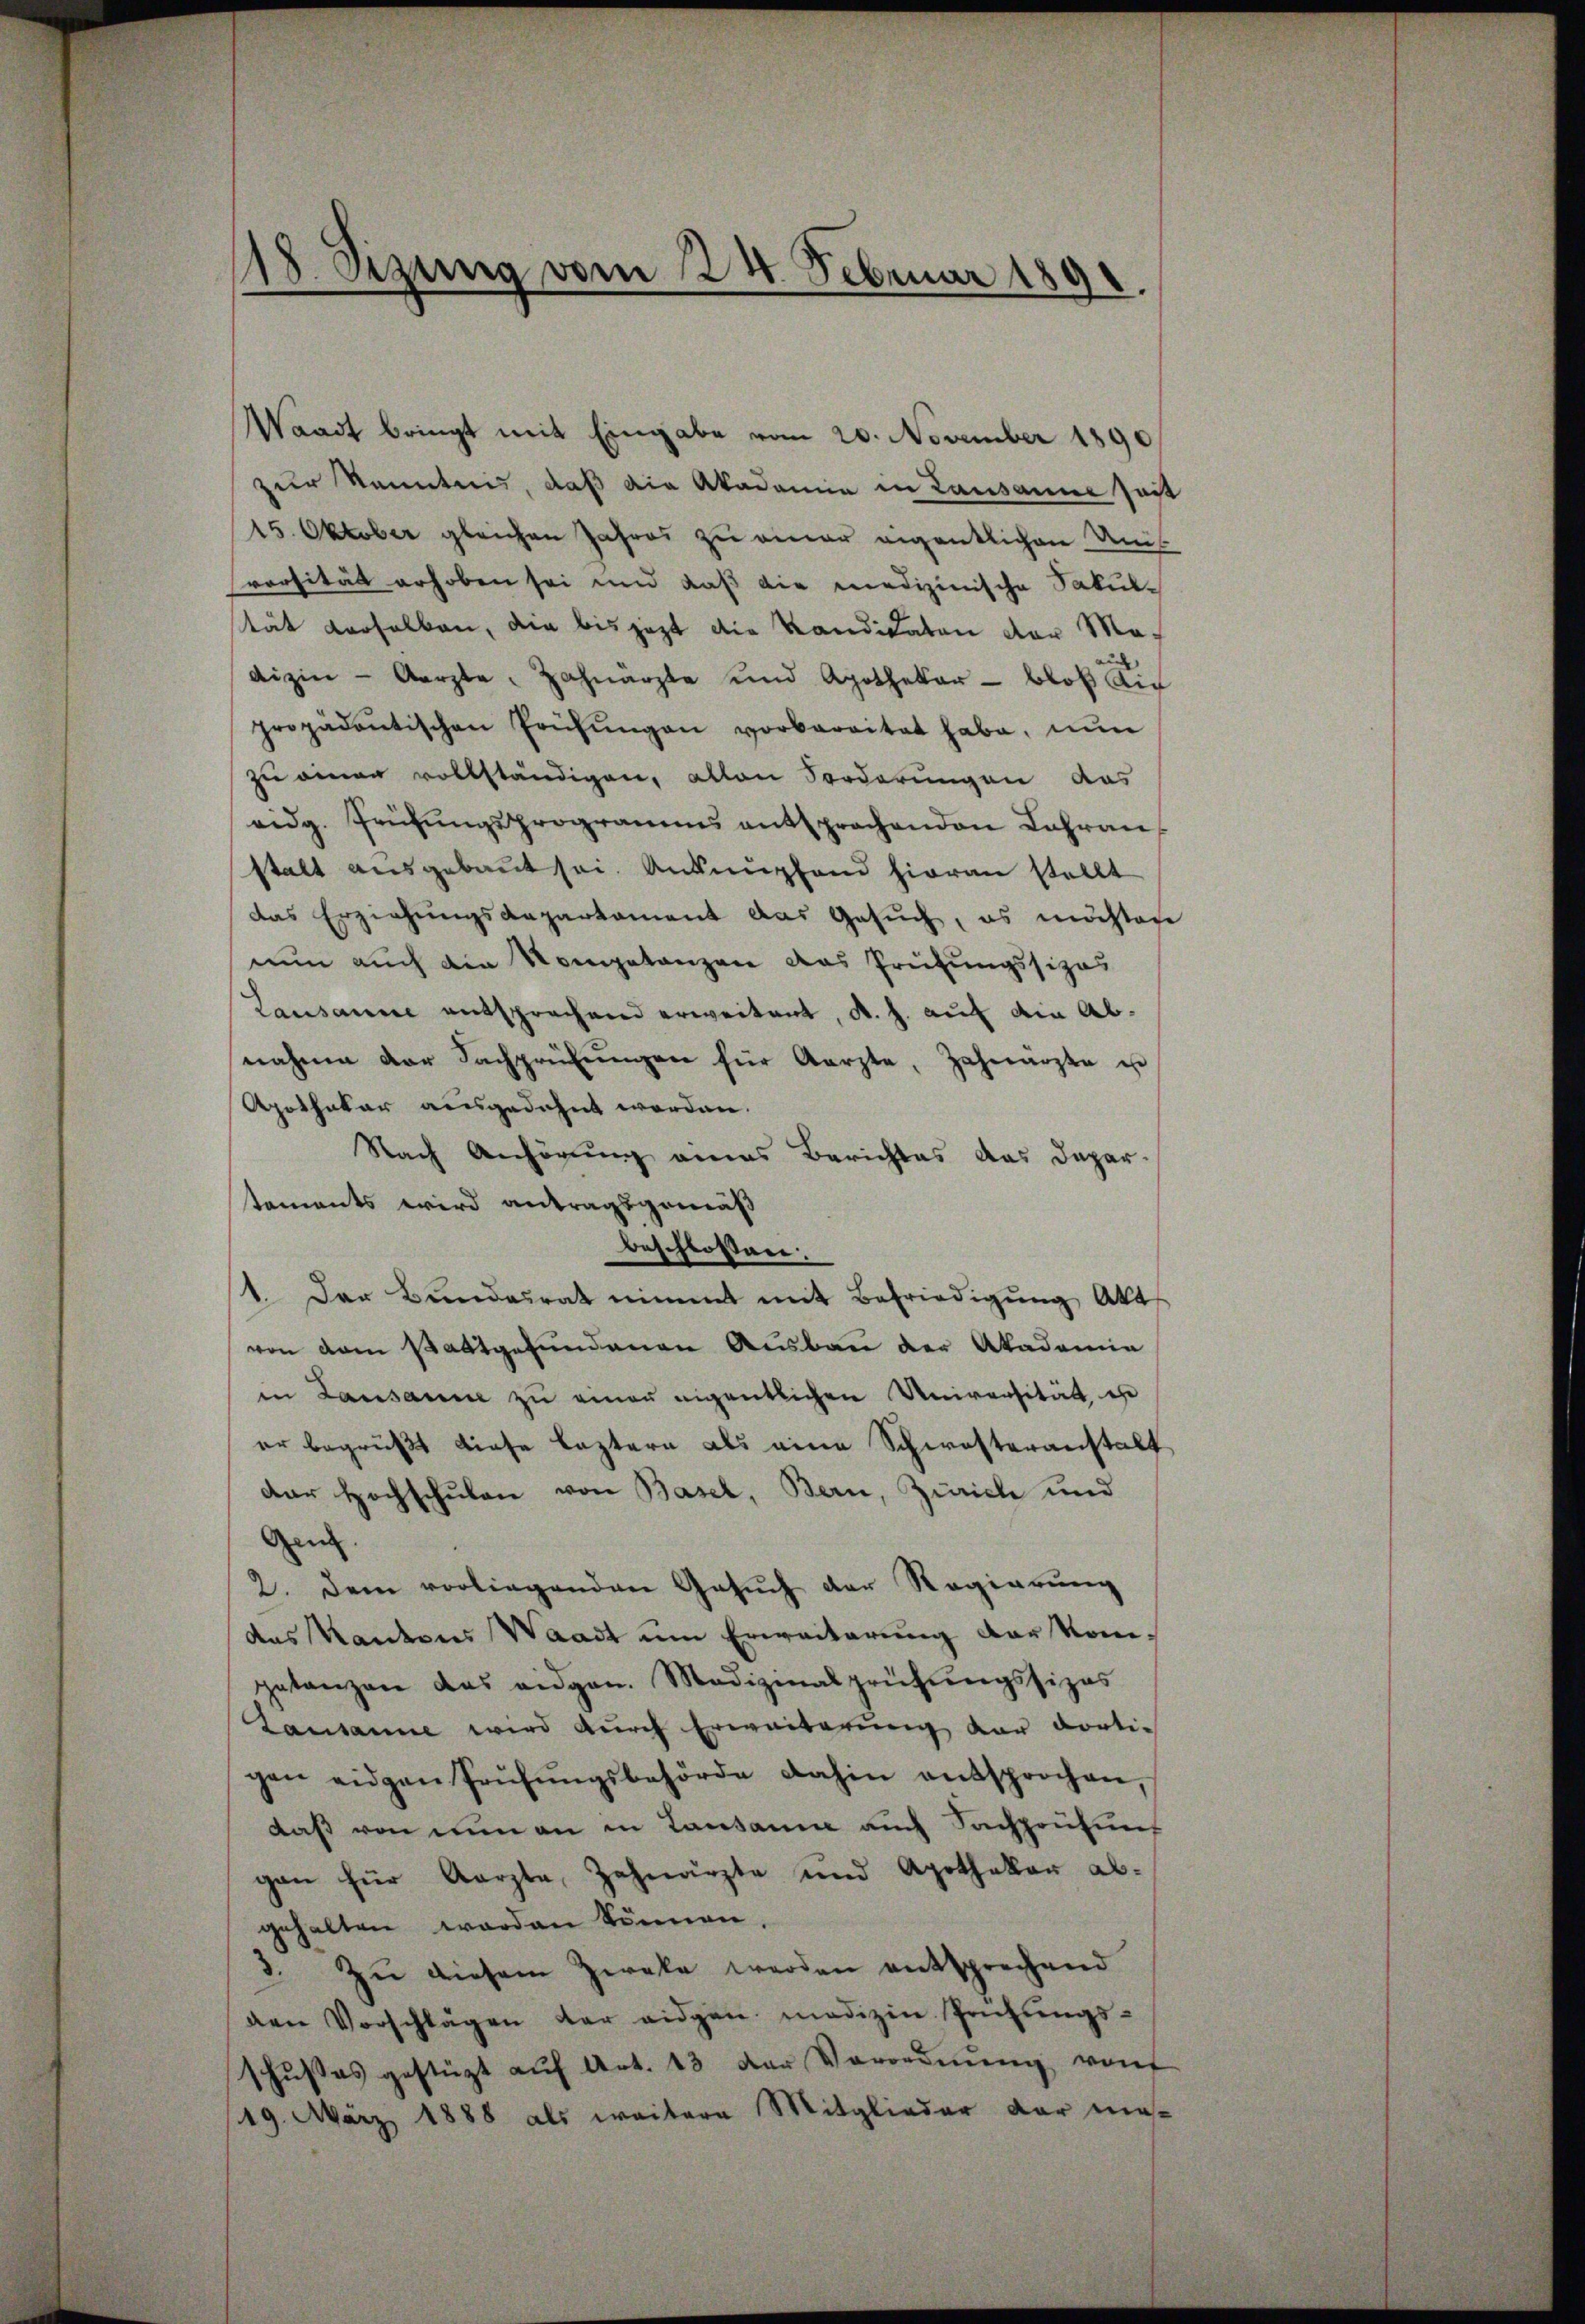
18. Sizung vom 24. Februar 1891.

Waadt bringt mit Eingabe vom 20. November 1890
zur Kenntnis, daß die Akademie in Lausanne seit
15. Oktober gleichen Jahres zu einer eigentlichen Ans
versität erhoben sei und daß die medizinische Fakul-
tät derselben, die bis jezt die Kandikaten der Mo-
dizin - Aerzte Zahnarzte und Apothekar bloß die
propädantischen Prüfŭngen vorbereitet habe, nun
zu einen vollständigen, allen Forderungen das
eidg. Frühŭngsprogramms entsprochenden Lahran
stalt ausgebaut sei. Anknüpfend hieran stellt
das Erziehŭngskapartament das Gesŭch, es möchten
nun auch die Kompetanzen das Prüfungssizas
Lausanne entsprechend erweitent, d. h. auf die Abnahme der Sachprüfŭngen für Aerzte, Zahnarzte u
Apothekar ausgedehnt worden.
Nach Anhörung eines Berichtes das Dapar-
taments wird antragsgemäß
beschlossen:
1. Der Bundesrat nimmt mit Befriedigŭng Aka
von dem stattgefundenen Ausbau der Akademie
in Lausanne zu einer eigentlichen Universität, ehe
er begrüßt diese leztern als eine Schwesteranstalt
der Hochschulen von Basel, Bern, Zürich und
Gen.
2. Dem vorliegenden Gesŭch der Regierŭng
das Kantons Waadt um Erweiterung der Komgetanzen das eidgen. Medizinalprüfŭngssizas
Lausanne wird durch Erweiterung der dortigen eidgen Prüfŭngsbehörde dahin entsprochen,
daß von nun an in Landann auch Sachpoufung
gan für Aarzte Zahnarzte und Apothekar ab-
gehalten worden können.
3. Zu diesem Zweke werden entsprechend
den Vorschlägen der eidgen. medizin Prüfŭngs-
schusses gestützt aŭf Art. 13 der Verordnŭng von
19. März 1888 als weitere Mitglieder der me-